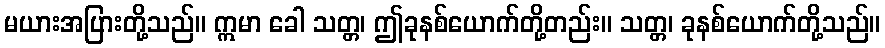
မယားအပြားတို့သည်။ ဣမာ ခေါ သတ္တ၊ ဤခုနစ်ယောက်တို့တည်း။ သတ္တ၊ ခုနစ်ယောက်တို့သည်။